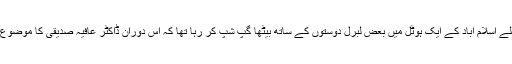
چند دن پہلے اسلام آباد کے ایک ہوٹل میں بعض لبرل دوستوں کے ساتھ بیٹھا گپ شپ کر رہا تھا کہ اس دوران ڈاکٹر عافیہ صدیقی کا موضوع چھڑ گیا۔